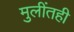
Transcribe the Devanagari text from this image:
मुलींतही